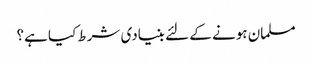
مسلمان ہونے کے لئے بنیادی شرط کیا ہے؟